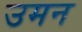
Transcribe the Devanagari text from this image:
उमन